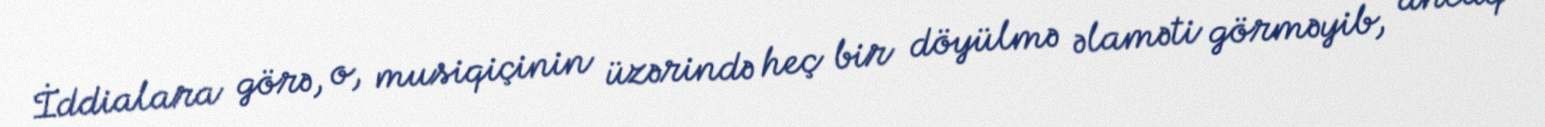
İddialara görə, o, musiqiçinin üzərində heç bir döyülmə əlaməti görməyib, ancaq